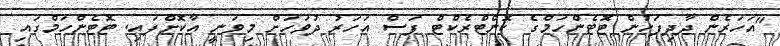
"އަހަރެން ދާދިފަހުން ޓޮޓެންހަމްގެ ކޮންޓްރެކްޓް ފަސް އަހަރު ދުވަހަށް މިވަނީ އާކޮށްފައި. ޓޮޓެންހަމްގައި